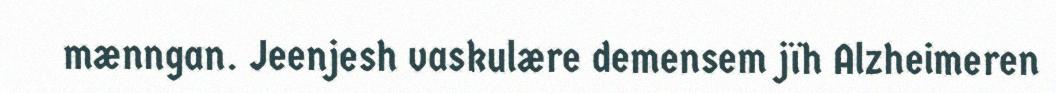
mænngan. Jeenjesh vaskulære demensem jïh Alzheimeren